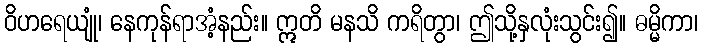
ဝိဟရေယျုံ၊ နေကုန်ရာအံ့နည်း။ ဣတိ မနသိ ကရိတွာ၊ ဤသို့နှလုံးသွင်း၍။ ဓမ္မိကာ၊